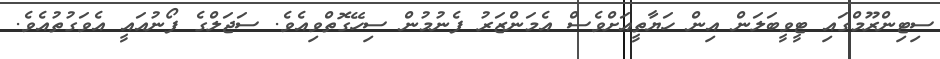
ސިޓިންރޫމްގައި ޓީވީބަލަން އިން ހަޔާތީއަށްވެސް އެމަންޒަރު ފެނުމުން ސިހޭގޮތްވިއެވެ. ސަޖަލްގެ ފޯނުއައީ އެވަގުތުއެވެ.